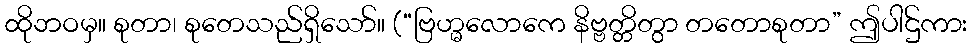
ထိုဘဝမှ။ စုတာ၊ စုတေသည်ရှိသော်။ (“ဗြဟ္မလောကေ နိဗ္ဗတ္တိတွာ တတောစုတာ” ဤပါဌ်ကား